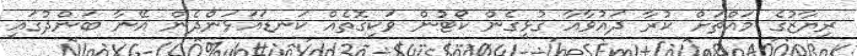
ރިޔާޒުގެ މައްޗަށް ކުރާ ދައުވާއާ ގުޅިގެން ކޯޓުން ވަކިގޮތެއް ކަނޑައަޅަންދެން އޭނާ ބަންދުގައި